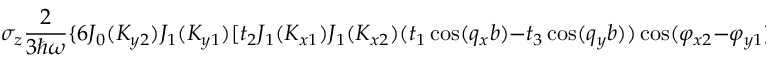
\sigma _ { z } \frac { 2 } { 3 \hbar \omega } \{ 6 J _ { 0 } ( K _ { y 2 } ) J _ { 1 } ( K _ { y 1 } ) [ t _ { 2 } J _ { 1 } ( K _ { x 1 } ) J _ { 1 } ( K _ { x 2 } ) ( t _ { 1 } \cos ( q _ { x } b ) - t _ { 3 } \cos ( q _ { y } b ) ) \cos ( \varphi _ { x 2 } - \varphi _ { y 1 } ) + ( t _ { 1 } ^ { 2 } - t _ { 3 } ^ { 2 } )